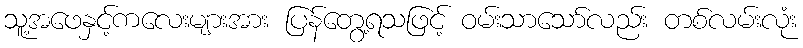
သူ့အဖေနှင့်ကလေးများအား ပြန်တွေ့ရသဖြင့် ဝမ်းသာသော်လည်း တစ်လမ်းလုံး